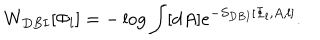
W _ { D B I } [ \Phi _ { l } ] = - \log \int [ d A ] e ^ { - S _ { D B I } [ \Phi _ { l } , A , l ] } .